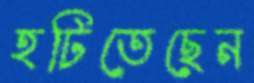
হটিতেছেন